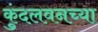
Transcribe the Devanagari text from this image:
कुंदलवनच्या